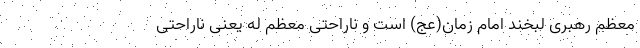
معظم رهبری لبخند امام زمان(عج) است و ناراحتی معظم له یعنی ناراحتی